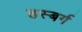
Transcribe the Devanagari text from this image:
हस्बर्ग